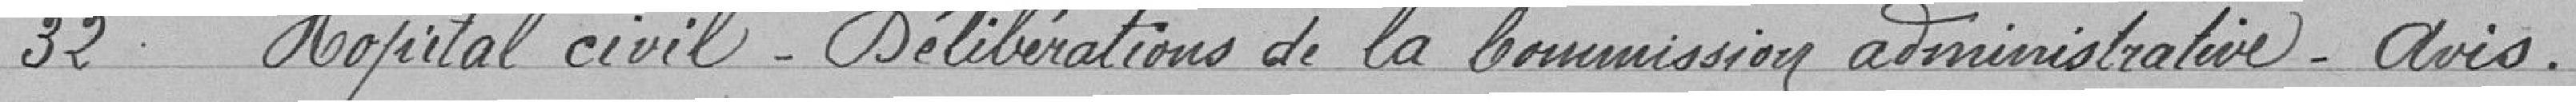
32 Hôpital civil - Délibérations de la commission administrative - Avis